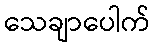
သေချာပေါက်